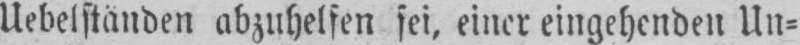
Uebelständen abzuhelfen sei, einer eingehenden Un⸗